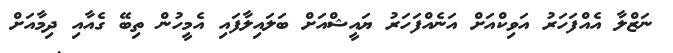
ނަޒްލާ އެއްފަހަރު އަވިކްއަށް އަނެއްފަހަރު ޔައީޝްއަށް ބަލައިލާފައި އެމީހުން ތިބޭ ގެއާއި ދިމާއަށް